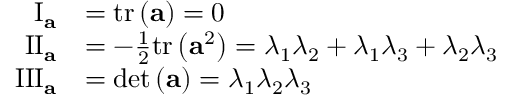
\begin{array} { r l } { \mathrm { I } _ { \mathbf { a } } } & { = \mathrm { t r } \left( \mathbf { a } \right) = 0 } \\ { \mathrm { I I } _ { \mathbf { a } } } & { = - \frac { 1 } { 2 } \mathrm { t r } \left( \mathbf { a } ^ { 2 } \right) = \lambda _ { 1 } \lambda _ { 2 } + \lambda _ { 1 } \lambda _ { 3 } + \lambda _ { 2 } \lambda _ { 3 } } \\ { \mathrm { I I I } _ { \mathbf { a } } } & { = \operatorname* { d e t } \left( \mathbf { a } \right) = \lambda _ { 1 } \lambda _ { 2 } \lambda _ { 3 } } \end{array}